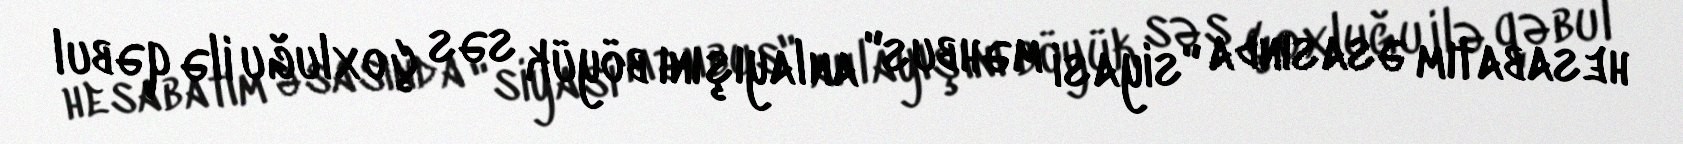
hesabatım əsasında "siyasi məhbus" anlayışını böyük səs çoxluğu ilə qəbul